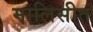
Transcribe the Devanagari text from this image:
मालिसीत